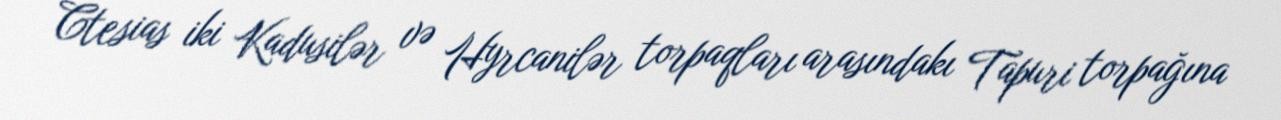
Ctesias iki Kadusilər və Hyrcanilər torpaqları arasındakı Tapuri torpağına